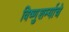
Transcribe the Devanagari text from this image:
विष्णुशर्म्याचे